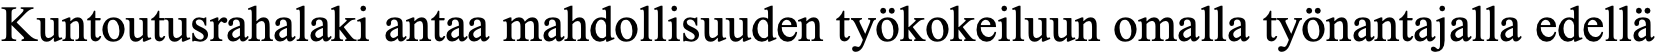
Kuntoutusrahalaki antaa mahdollisuuden työkokeiluun omalla työnantajalla edellä